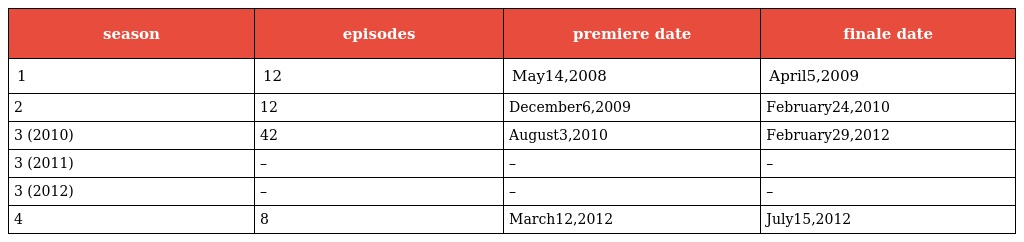
| season | episodes | premiere date | finale date |
 | --- | --- | --- | --- |
 | 1 | 12 | May14,2008 | April5,2009 |
 | 2 | 12 | December6,2009 | February24,2010 |
 | 3 (2010) | 42 | August3,2010 | February29,2012 |
 | 3 (2011) | – | – | – |
 | 3 (2012) | – | – | – |
 | 4 | 8 | March12,2012 | July15,2012 |